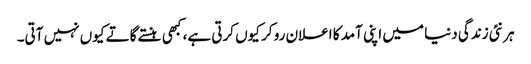
ہر نئی زندگی دنیا میں اپنی آمد کا اعلان رو کر کیوں کرتی ہے، کبھی ہنستے گاتے کیوں نہیں آتی۔